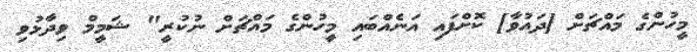
މީހުންގެ މައްޗަށް [ދައުވާ] ކޮށްފައި އަނެއްބައި މީހުންގެ މައްޗަށް ނުކުރީ" ޝަމީމް ވިދާޅުވި